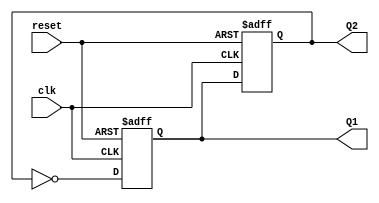
module dual_stage_johnson_counter (
    input wire clk,          // Clock input
    input wire reset,        // Asynchronous reset
    output reg Q1,          // Output of the first flip-flop
    output reg Q2           // Output of the second flip-flop
);

// Always block triggered on the rising edge of the clock or the reset signal
always @(posedge clk or posedge reset) begin
    if (reset) begin
        // Asynchronous reset to initialize the counter to 00
        Q1 <= 1'b0;
        Q2 <= 1'b0;
    end else begin
        // Johnson counter logic
        Q1 <= ~Q2;     // Invert Q2 and assign to Q1
        Q2 <= Q1;      // Shift Q1 to Q2
    end
end

endmodule